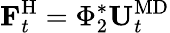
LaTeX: \mathbf{F}_{t}^{\mathrm{H}}=\Phi_{2}^{*}\mathbf{U}_{t}^{\mathrm{MD}}